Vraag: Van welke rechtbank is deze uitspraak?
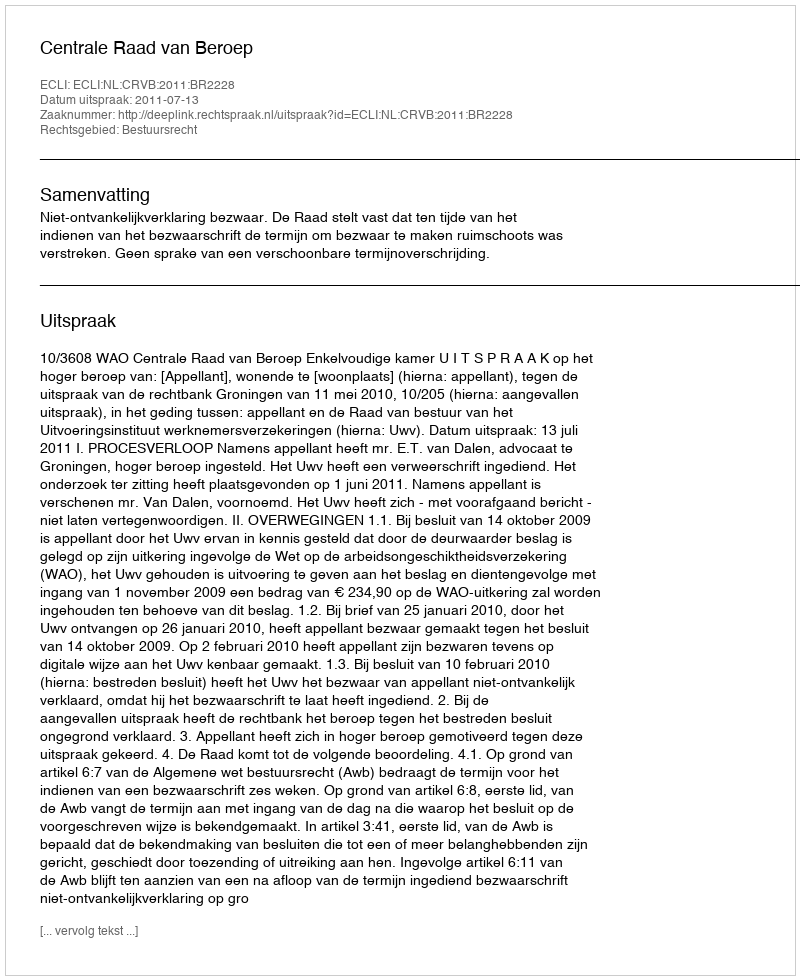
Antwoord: Centrale Raad van Beroep